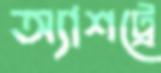
অ্যাশট্রে